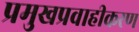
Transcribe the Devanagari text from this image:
प्रमुखप्रवाहीकरण